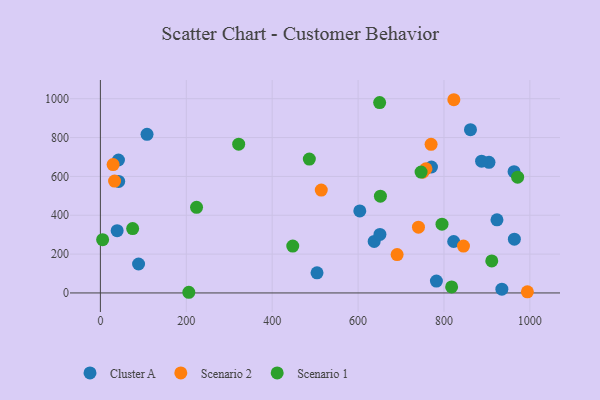
{"axis": {"x": "Investment", "y": "Rating"}, "legend": ["Cluster A", "Scenario 1", "Scenario 2"], "data": [{"x": "39.0", "y": 320.6, "type": "Cluster A"}, {"x": "604.0", "y": 422.5, "type": "Cluster A"}, {"x": "822.6", "y": 265.0, "type": "Cluster A"}, {"x": "963.2", "y": 624.3, "type": "Cluster A"}, {"x": "923.4", "y": 376.5, "type": "Cluster A"}, {"x": "42.6", "y": 573.9, "type": "Cluster A"}, {"x": "904.8", "y": 672.5, "type": "Cluster A"}, {"x": "88.9", "y": 149.1, "type": "Cluster A"}, {"x": "637.5", "y": 265.2, "type": "Cluster A"}, {"x": "42.1", "y": 684.3, "type": "Cluster A"}, {"x": "887.6", "y": 678.5, "type": "Cluster A"}, {"x": "650.9", "y": 301.5, "type": "Cluster A"}, {"x": "504.4", "y": 103.7, "type": "Cluster A"}, {"x": "108.6", "y": 816.4, "type": "Cluster A"}, {"x": "934.8", "y": 19.4, "type": "Cluster A"}, {"x": "861.7", "y": 840.7, "type": "Cluster A"}, {"x": "770.9", "y": 648.5, "type": "Cluster A"}, {"x": "963.9", "y": 276.7, "type": "Cluster A"}, {"x": "782.4", "y": 60.9, "type": "Cluster A"}, {"x": "29.6", "y": 660.7, "type": "Scenario 2"}, {"x": "823.0", "y": 994.7, "type": "Scenario 2"}, {"x": "770.0", "y": 764.9, "type": "Scenario 2"}, {"x": "514.3", "y": 529.5, "type": "Scenario 2"}, {"x": "845.4", "y": 241.3, "type": "Scenario 2"}, {"x": "690.9", "y": 197.5, "type": "Scenario 2"}, {"x": "758.1", "y": 639.3, "type": "Scenario 2"}, {"x": "33.0", "y": 576.1, "type": "Scenario 2"}, {"x": "750.7", "y": 621.5, "type": "Scenario 2"}, {"x": "994.2", "y": 6.0, "type": "Scenario 2"}, {"x": "740.6", "y": 338.7, "type": "Scenario 2"}, {"x": "5.2", "y": 274.2, "type": "Scenario 1"}, {"x": "911.3", "y": 164.8, "type": "Scenario 1"}, {"x": "971.5", "y": 595.8, "type": "Scenario 1"}, {"x": "650.2", "y": 980.1, "type": "Scenario 1"}, {"x": "75.1", "y": 331.4, "type": "Scenario 1"}, {"x": "205.9", "y": 3.5, "type": "Scenario 1"}, {"x": "817.8", "y": 31.0, "type": "Scenario 1"}, {"x": "652.0", "y": 498.1, "type": "Scenario 1"}, {"x": "223.9", "y": 440.6, "type": "Scenario 1"}, {"x": "795.4", "y": 353.9, "type": "Scenario 1"}, {"x": "447.9", "y": 241.5, "type": "Scenario 1"}, {"x": "746.7", "y": 622.2, "type": "Scenario 1"}, {"x": "486.5", "y": 689.4, "type": "Scenario 1"}, {"x": "322.0", "y": 765.8, "type": "Scenario 1"}]}